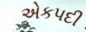
એકપદી